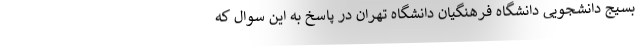
بسیج دانشجویی دانشگاه فرهنگیان دانشگاه تهران در پاسخ به این سوال که